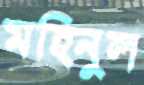
মহিনুল